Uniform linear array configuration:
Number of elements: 48
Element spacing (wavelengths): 0.5
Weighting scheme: uniform
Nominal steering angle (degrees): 30
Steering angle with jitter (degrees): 30.228
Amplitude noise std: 0.05
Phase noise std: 0.05

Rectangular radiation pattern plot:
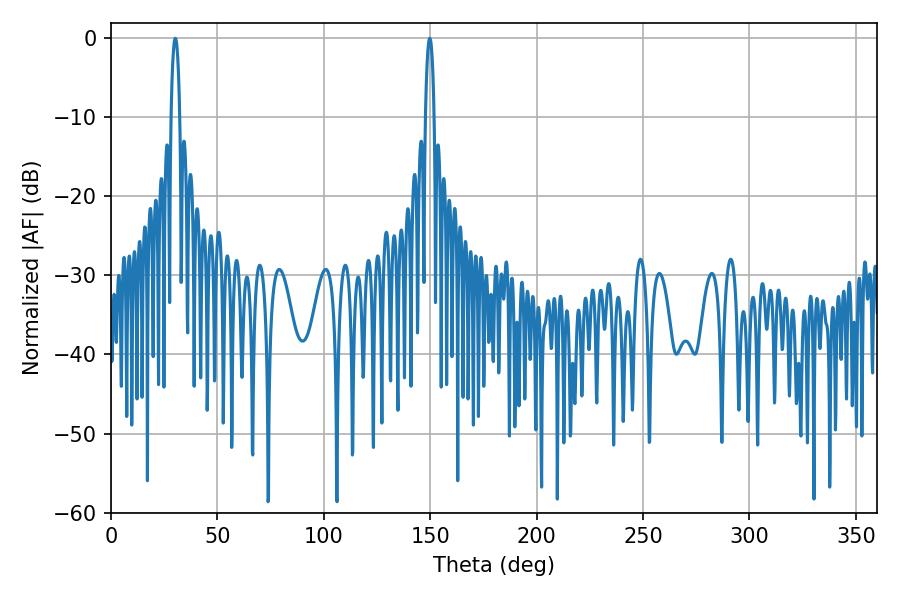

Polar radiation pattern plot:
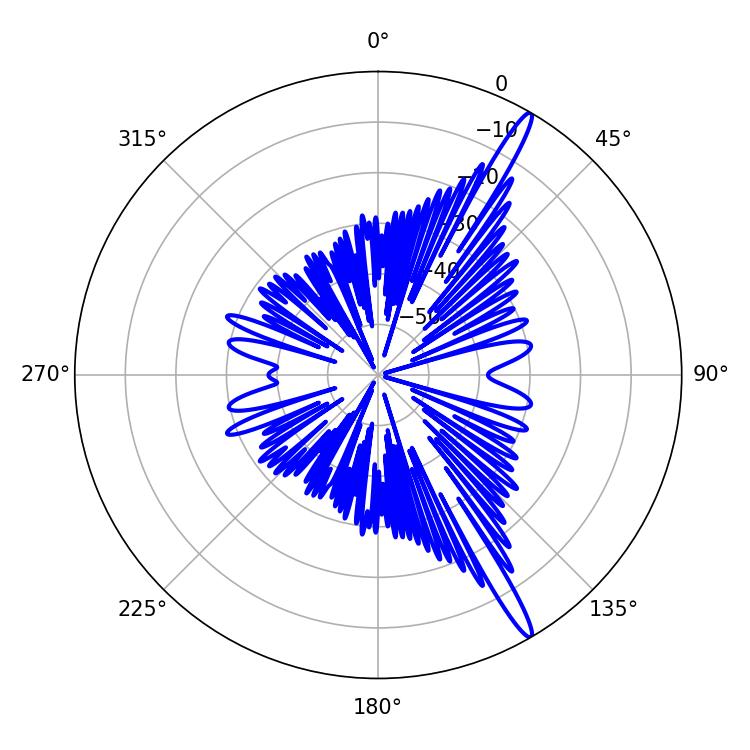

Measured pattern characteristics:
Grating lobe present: FALSE
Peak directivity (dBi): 16.184
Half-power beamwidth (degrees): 2.16
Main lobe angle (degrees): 30.24